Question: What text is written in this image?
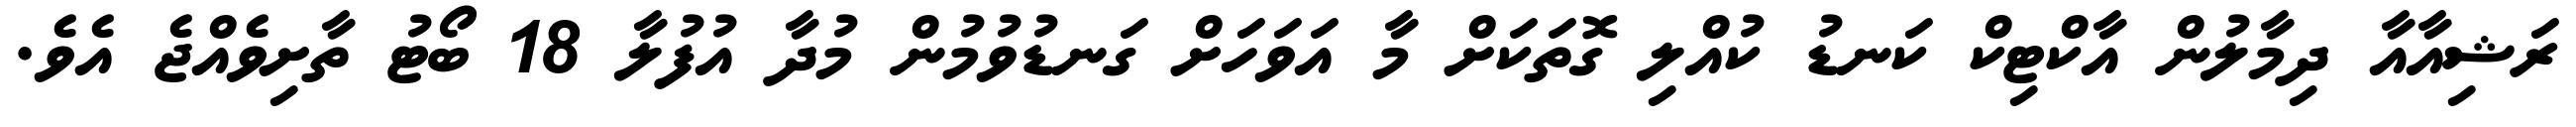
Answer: ރަޝިއާއާ ދިމާލުން އާކްޓިކް ކަނޑު ކުއްލި ގޮތަކަށް މާ އަވަހަށް ގަނޑުވުމުން މުދާ އުފުލާ 18 ބޯޓު ތާށިވެއްޖެ އެވެ.